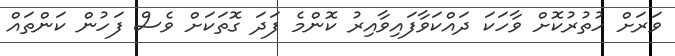
ވަރަށް ހުތުރުކޮށް ވާހަކަ ދައްކަވާފައިވާއިރު ކޮންމެ ފަދަ ގޮތަކަށް ވެސް ފަހުން ކަންތައް